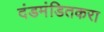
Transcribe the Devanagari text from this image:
दंडमंडितकरा